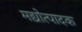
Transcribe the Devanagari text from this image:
मद्योत्पादक